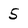
Character: 5